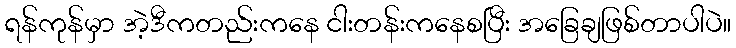
ရန်ကုန်မှာ အဲ့ဒီကတည်းကနေ ငါးတန်းကနေစပြီး အခြေချဖြစ်တာပါပဲ။